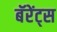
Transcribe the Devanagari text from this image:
बॅरेंट्‌स